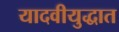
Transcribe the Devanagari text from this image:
यादवीयुद्धात